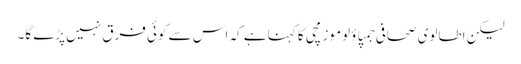
لیکن اطالوی صحافی جمپاؤلو موزمچی کا کہنا ہے کہ اس سے کوئی فرق نہیں پڑے گا۔